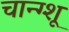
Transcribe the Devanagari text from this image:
चान्ग्शू